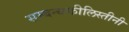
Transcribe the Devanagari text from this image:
सम्बन्धफीलिस्तीनी